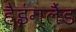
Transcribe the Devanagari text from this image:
हैइंग्लैंड